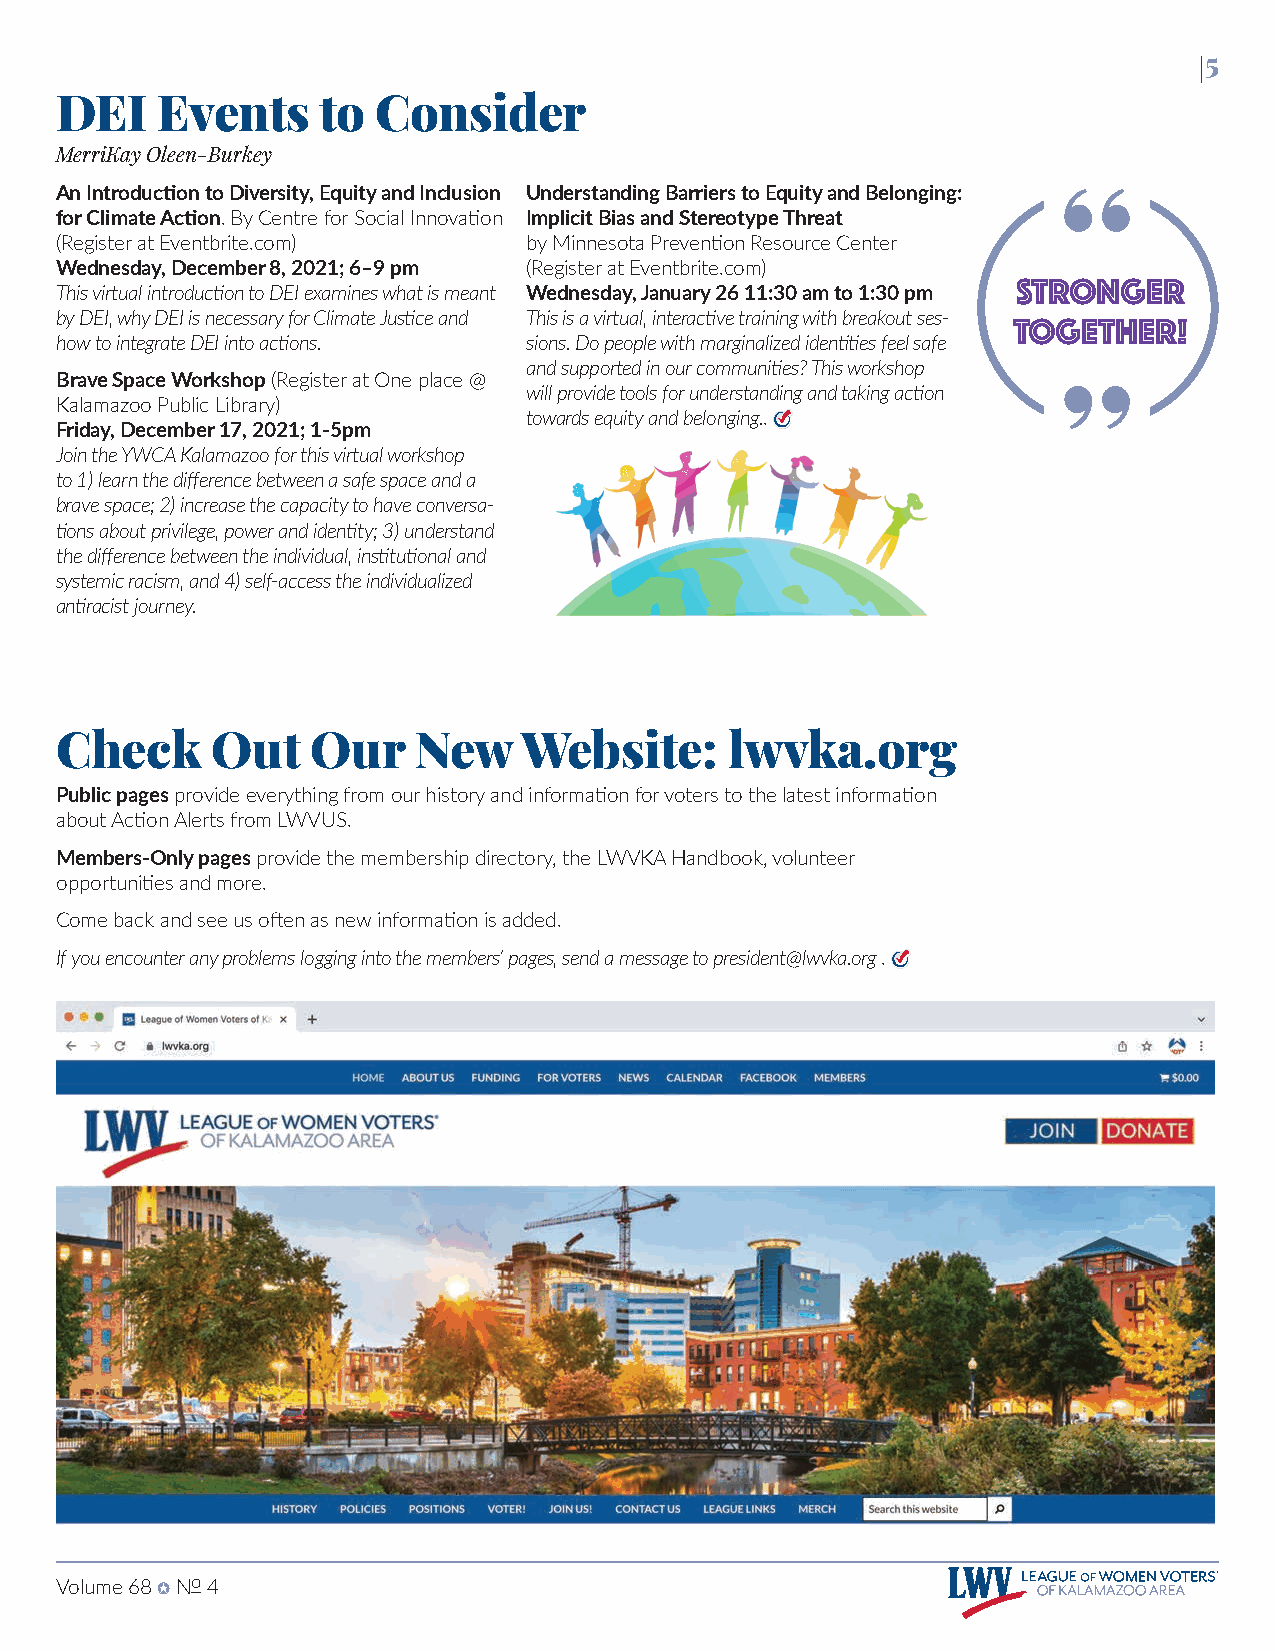
|5
 DEI   Events     to  Consider
 MerriKay Oleen-Burkey
 An Introduction to Diversity, Equity and Inclusion Understanding Barriers to Equity and Belonging:
 for Climate Action. By Centre for Social Innovation Implicit Bias and Stereotype Threat
 (Register at Eventbrite.com)   by Minnesota Prevention Resource Center
 Wednesday, December 8, 2021; 6–9 pm (Register at Eventbrite.com)
 STRONGER
 This virtual introduction to DEI examines what is meant Wednesday, January 26 11:30 am to 1:30 pm
 by DEI, why DEI is necessary for Climate Justice and This is a virtual, interactive training with breakout ses-
 TOGETHER!
 how to integrate DEI into actions. sions. Do people with marginalized identities feel safe
 and supported in our communities? This workshop
 Brave Space Workshop (Register at One place @
 will provide tools for understanding and taking action
 Kalamazoo Public Library)
 towards equity and belonging..
 Friday, December 17, 2021; 1-5pm
 Join the YWCA Kalamazoo for this virtual workshop
 to 1) learn the difference between a safe space and a
 brave space; 2) increase the capacity to have conversa-
 tions about privilege, power and identity; 3) understand
 the difference between the individual, institutional and
 systemic racism, and 4) self-access the individualized
 antiracist journey.
 Check     Out    Our    New    Website:     lwvka.org
 Public pages provide everything from our history and information for voters to the latest information
 about Action Alerts from LWVUS.
 Members-Only pages provide the membership directory, the LWVKA Handbook, volunteer
 opportunities and more.
 Come back and see us often as new information is added.
 If you encounter any problems logging into the members’ pages, send a message to president@lwvka.org .
 Volume 68 ✪ No 4